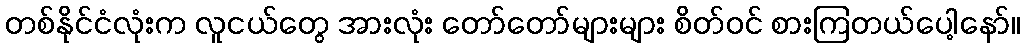
တစ်နိုင်ငံလုံးက လူငယ်တွေ အားလုံး တော်တော်များများ စိတ်ဝင် စားကြတယ်ပေါ့နော်။